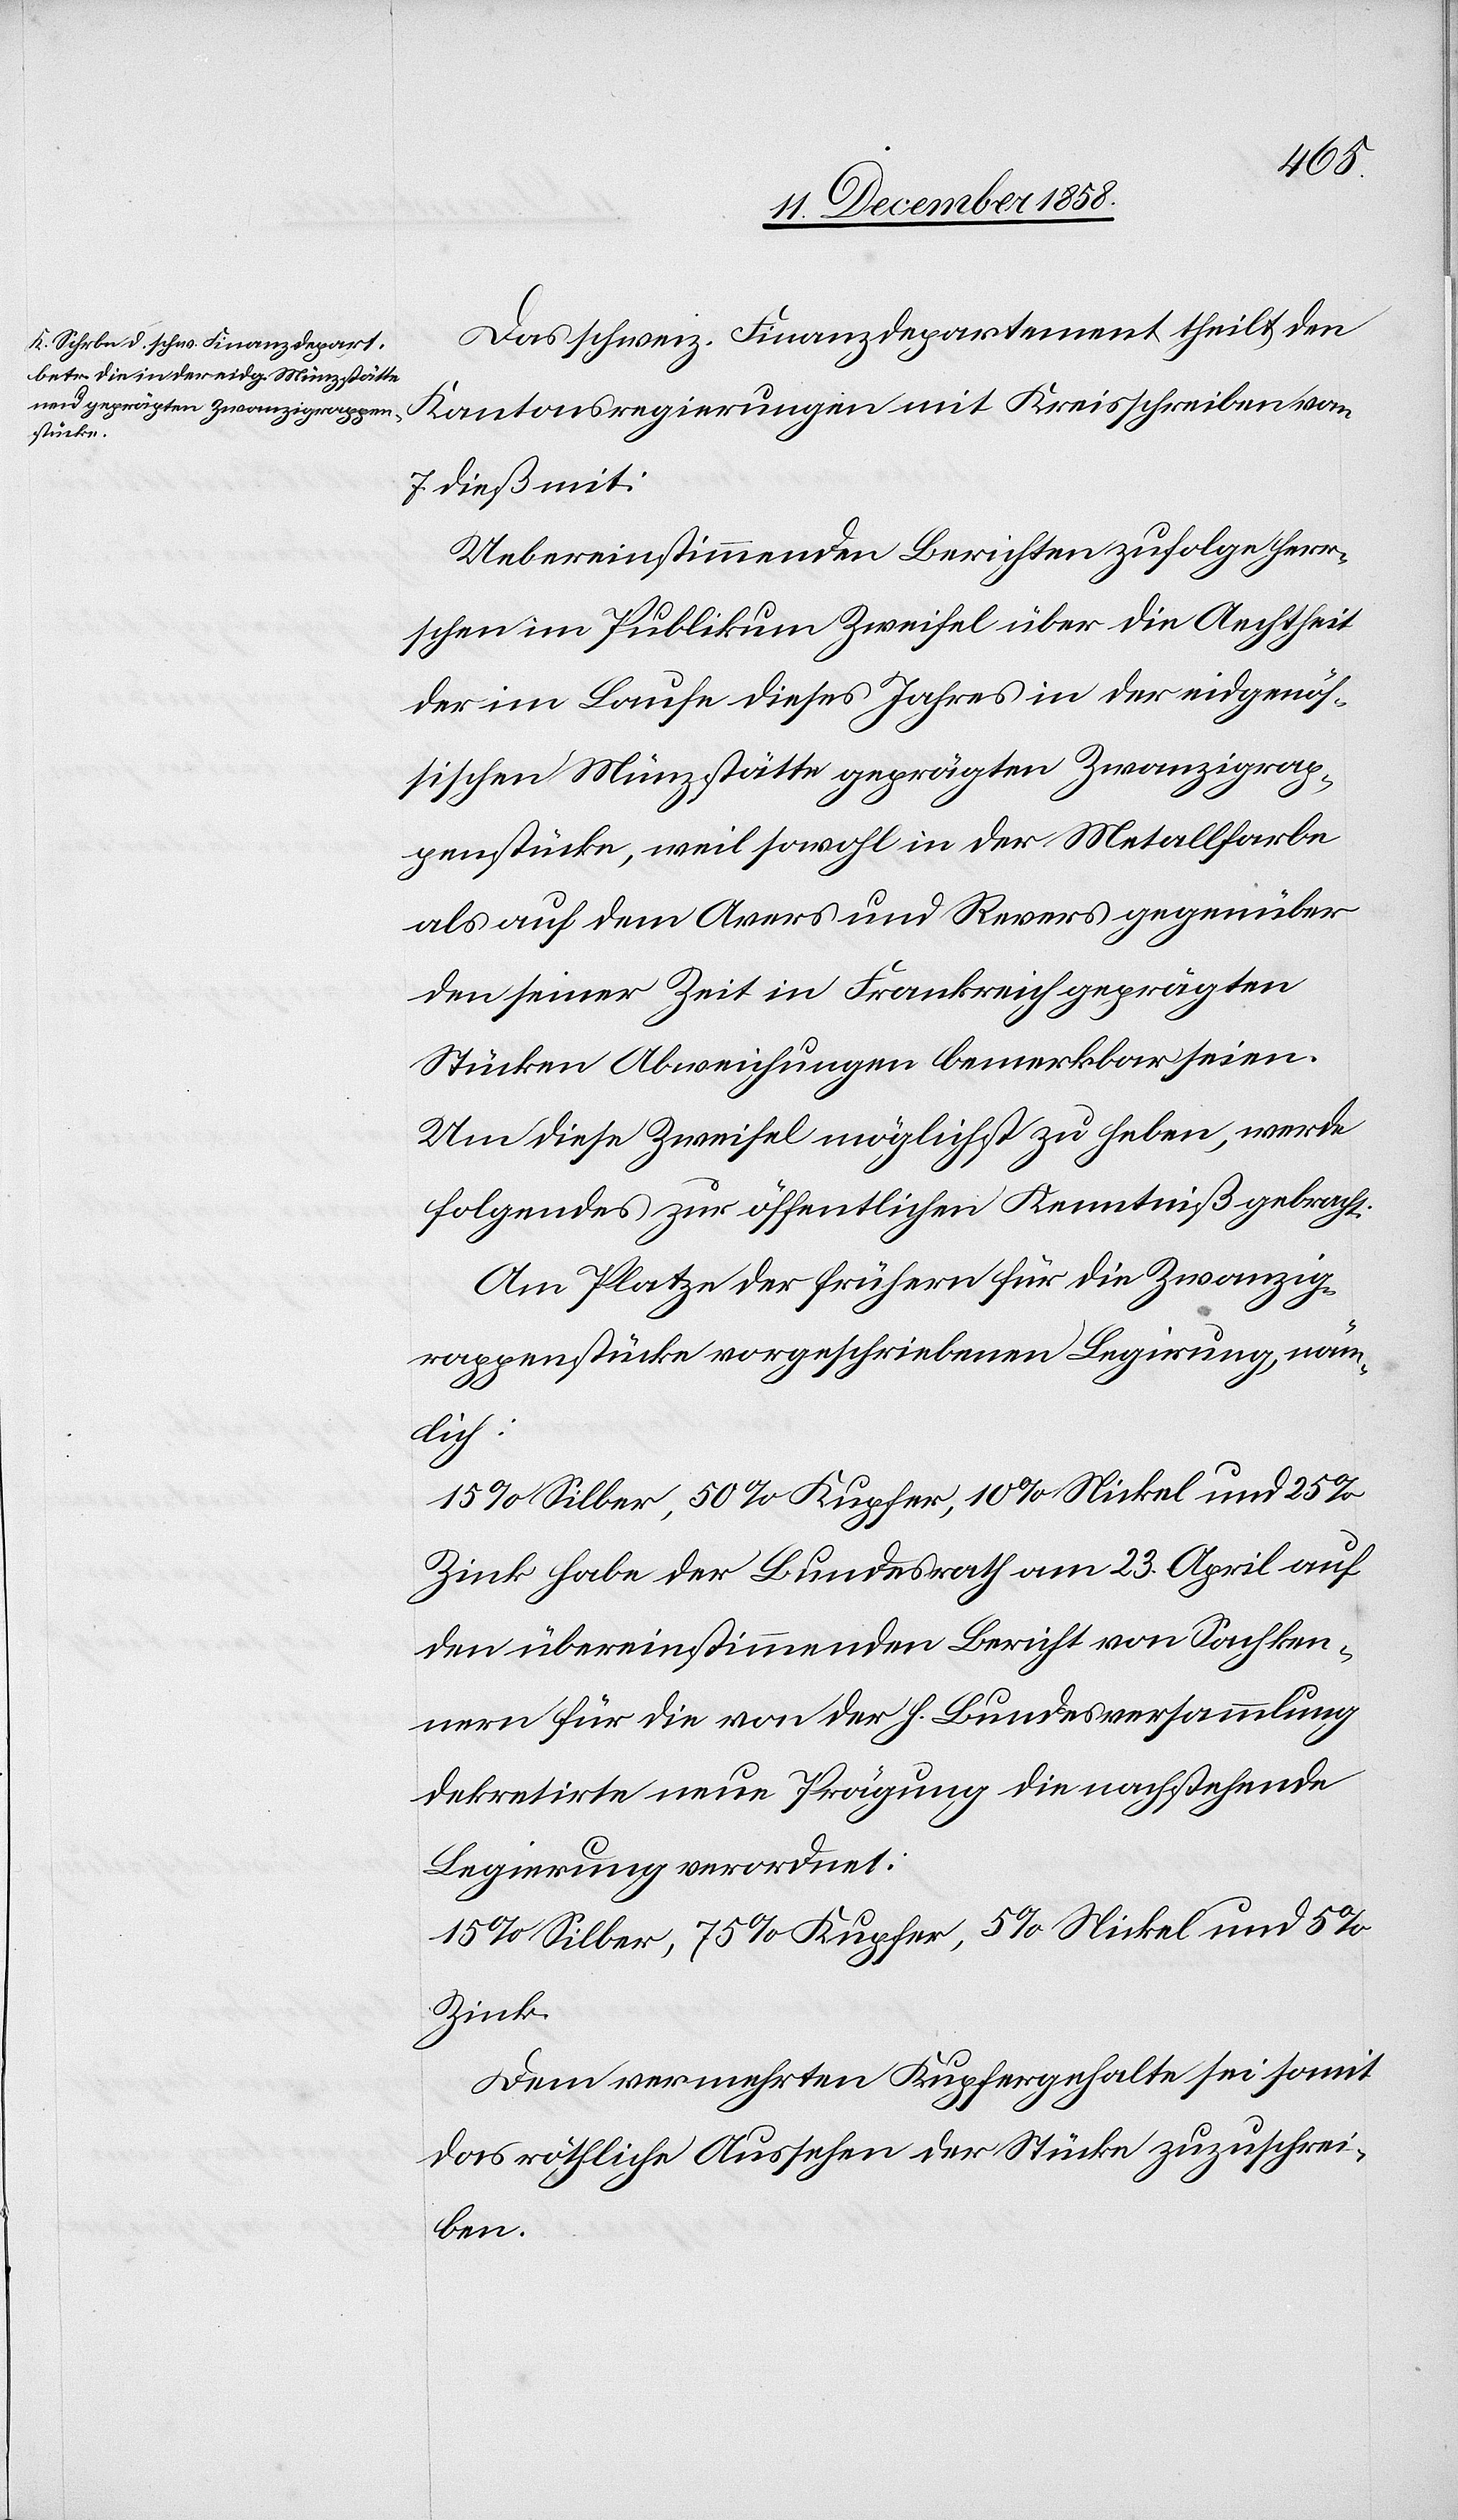
Das schweiz. Finanzdepartement theilt den
Kantonsregierungen mit Kreisschreiben vom
7. dieß mit:
Uebereinstimmenden Berichten zufolge herr¬
schen im Publikum Zweifel über die Aechtheit
der im Laufe dieses Jahres in der eidgenös¬
sischen Münzstätte geprägten Zwanzigrap¬
penstücke, weil sowohl in der Metallfarbe
als auf dem Avers und Revers gegenüber
den seiner Zeit in Frankreich geprägten
Stücken Abweichungen bemerkbar seien.
Um diese Zweifel möglichst zu heben, werde
folgendes zur öffentlichen Kenntniß gebracht:
Am Platze der frühern für die Zwanzig¬
rappenstücke vorgeschriebenen Legirung, näm¬
lich:
15% Silber, 50% Kupfer, 10% Nickel und 25%
Zink habe der Bundesrath am 23. April auf
den übereinstimmenden Bericht von Sachken¬
nern für die von der h. Bundesversammlung
dekretirte neue Prägung die nachstehende
Legierung verordnet:
15% Silber, 75% Kupfer, 5% Nickel und 5%
Zink.
Dem vermehrten Kupfergehalte sei somit
das röthliche Aussehen der Stücke zuzuschrei¬
ben.